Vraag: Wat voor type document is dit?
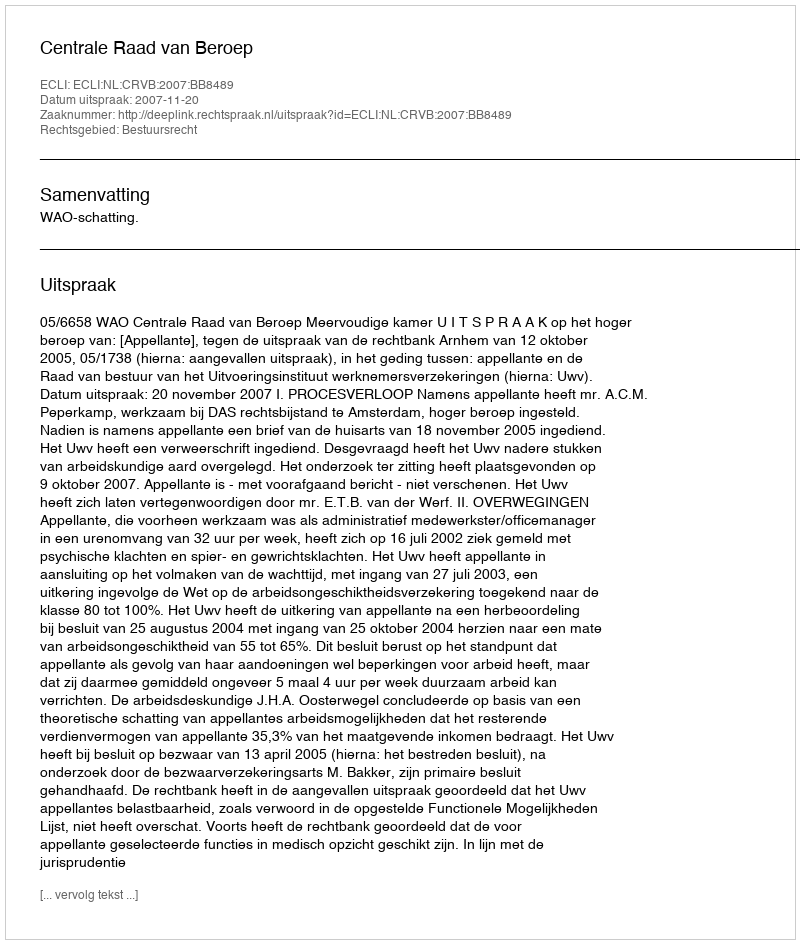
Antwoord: Uitspraak